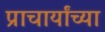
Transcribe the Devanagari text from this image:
प्राचार्यांच्या